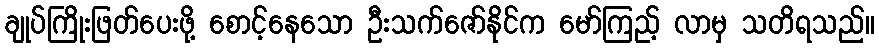
ချုပ်ကြိုးဖြတ်ပေးဖို့ စောင့်နေသော ဦးသက်ဇော်နိုင်က မော်ကြည့် လာမှ သတိရသည်။